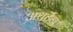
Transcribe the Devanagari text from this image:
अथर्टन